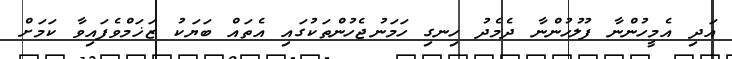
އަދި އެމީހުންނާ ފުލުހުންނާ ދެމެދު ހިނގި ހަމަނުޖެހުންތަކުގައި އެތައް ބަޔަކު ޒަޚަމްވެފައިވާ ކަމަށް